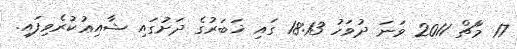
17 މާޗް 2011 ވަނަ ދުވަހު 18:13 ގައި ޚަބަރުގެ ދަށުގައި ޝާއިޢުކުރެވިފައި.